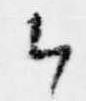
候